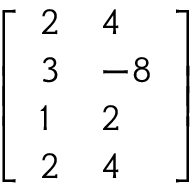
\left[ \begin{array} { l l } { 2 } & { 4 } \\ { 3 } & { - 8 } \\ { 1 } & { 2 } \\ { 2 } & { 4 } \end{array} \right]